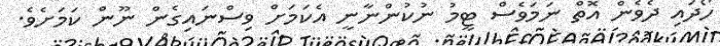
ހޯދައި ދެވެން އޮތް ނަމަވެސް ޓީމު ނުކުންނާނީ އެކަމަށް ވިސްނައިގެން ނޫން ކަމަށެވެ.